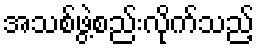
အသစ်ဖွဲ့စည်းလိုက်သည့်